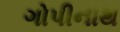
ગોપીનાથ